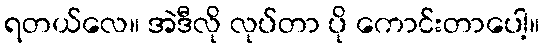
ရတယ်လေ။ အဲဒီလို လုပ်တာ ပို ကောင်းတာပေါ့။